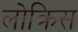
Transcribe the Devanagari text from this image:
लोक्रिस